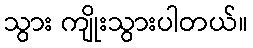
သွား ကျိုးသွားပါတယ်။